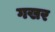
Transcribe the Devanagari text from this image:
गखर